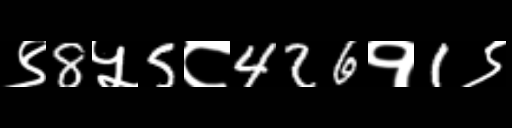
Text: ९8५5८426१1९